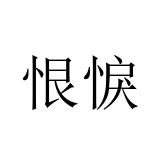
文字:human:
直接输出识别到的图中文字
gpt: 恨悷